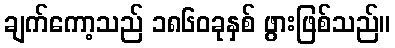
ချက်ကော့သည် ၁၈၆၀ခုနှစ် ဖွားဖြစ်သည်။